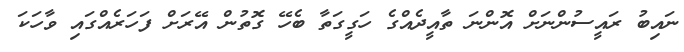
ނައިބު ރައީސުންނަށް އޮންނަ ތާއީދެއްގެ ހަގީގަތާ ބެހޭ ގޮތުން އޭރަށް ފަހަރެއްގައި ވާހަކަ